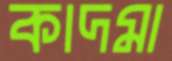
কাদমা